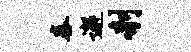
舂邂剞